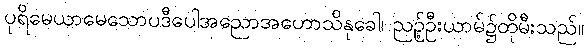
ပုရိမေယာမေသောပဒီပေါအညောအဟောသိနုခေါ၊ ညဉ့်ဦးယာမ်၌ထိုမီးသည်။